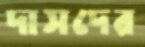
দাসদের